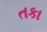
તકા